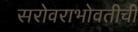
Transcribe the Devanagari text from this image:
सरोवराभोवतीची